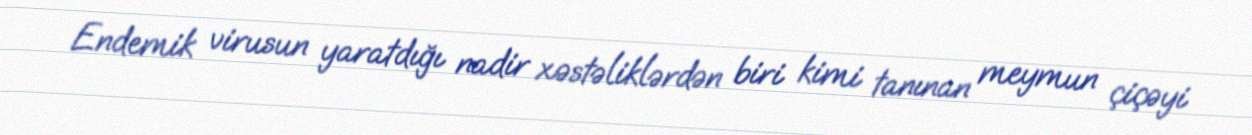
Endemik virusun yaratdığı nadir xəstəliklərdən biri kimi tanınan meymun çiçəyi